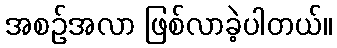
အစဉ်အလာ ဖြစ်လာခဲ့ပါတယ်။